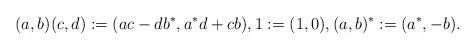
LaTeX: \begin{align*} (a,b)(c,d) := (ac - db^*, a^*d + cb), 1 := (1,0), (a,b)^* := (a^*,-b).\end{align*}